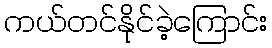
ကယ်တင်နိုင်ခဲ့ကြောင်း